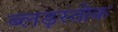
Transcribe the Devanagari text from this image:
ब्लड़स्तोक